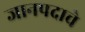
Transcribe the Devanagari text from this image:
जानपदाचे